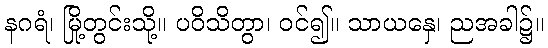
နဂရံ၊ မြို့တွင်းသို့။ ပဝိသိတွာ၊ ဝင်၍။ သာယနှေ၊ ညအခါ၌။